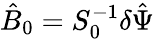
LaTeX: \hat{B}_{0}=S_{0}^{-1}\delta\hat{\Psi}